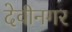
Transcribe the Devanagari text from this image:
देवीनगर